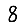
Digit: 8